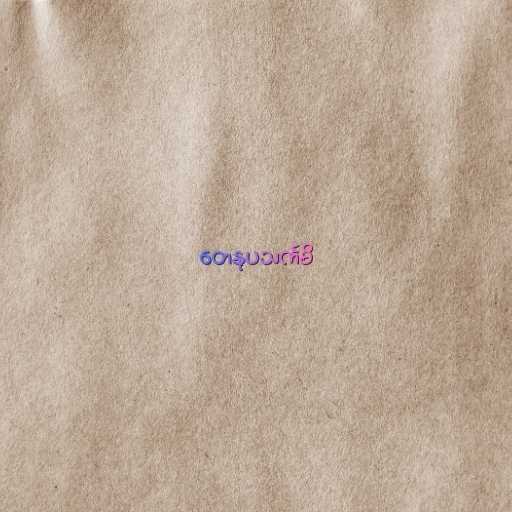
တေနုပသင်္ကမိ